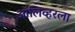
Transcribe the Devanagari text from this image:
ऑलिव्हरला